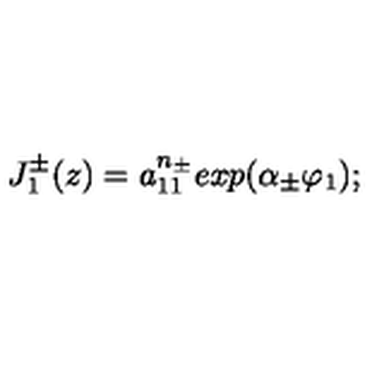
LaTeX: J _ { 1 } ^ { \pm } ( z ) = a _ { 1 1 } ^ { n _ { \pm } } e x p ( \alpha _ { \pm } \varphi _ { 1 } ) ;